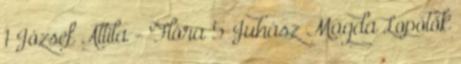
1 József Attila - Flóra 5 Juhász Magda Lopótök